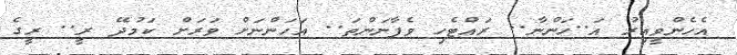
އެހެންވީއިރު އަ..ހަންނާ.. ރައްޓެހި ވެފާނަންތަ.. އަހަންނަށް ވަރަށް ކަމުދޭ ރީ.. ރީގެ